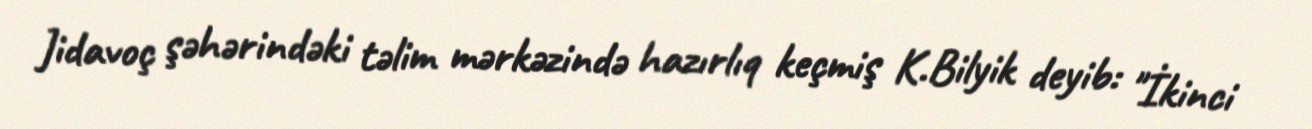
Jidavoç şəhərindəki təlim mərkəzində hazırlıq keçmiş K.Bilyik deyib: "İkinci